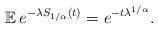
LaTeX: \begin{align*}\mathbb{E} \, e^{-\lambda S_{1/\alpha}(t)} = e^{-t \lambda^{1/\alpha}}.\end{align*}